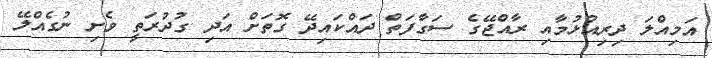
އަމިއްލަ ދިރިއުޅުމާއި ރާއްޖޭގެ ސަގާފަތް ދައްކައިދޭ ގޮތަށް އަދި ގުދުރަތީ ވެށި ނުގެއްލޭ